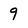
Character: 9